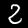
Label: 2